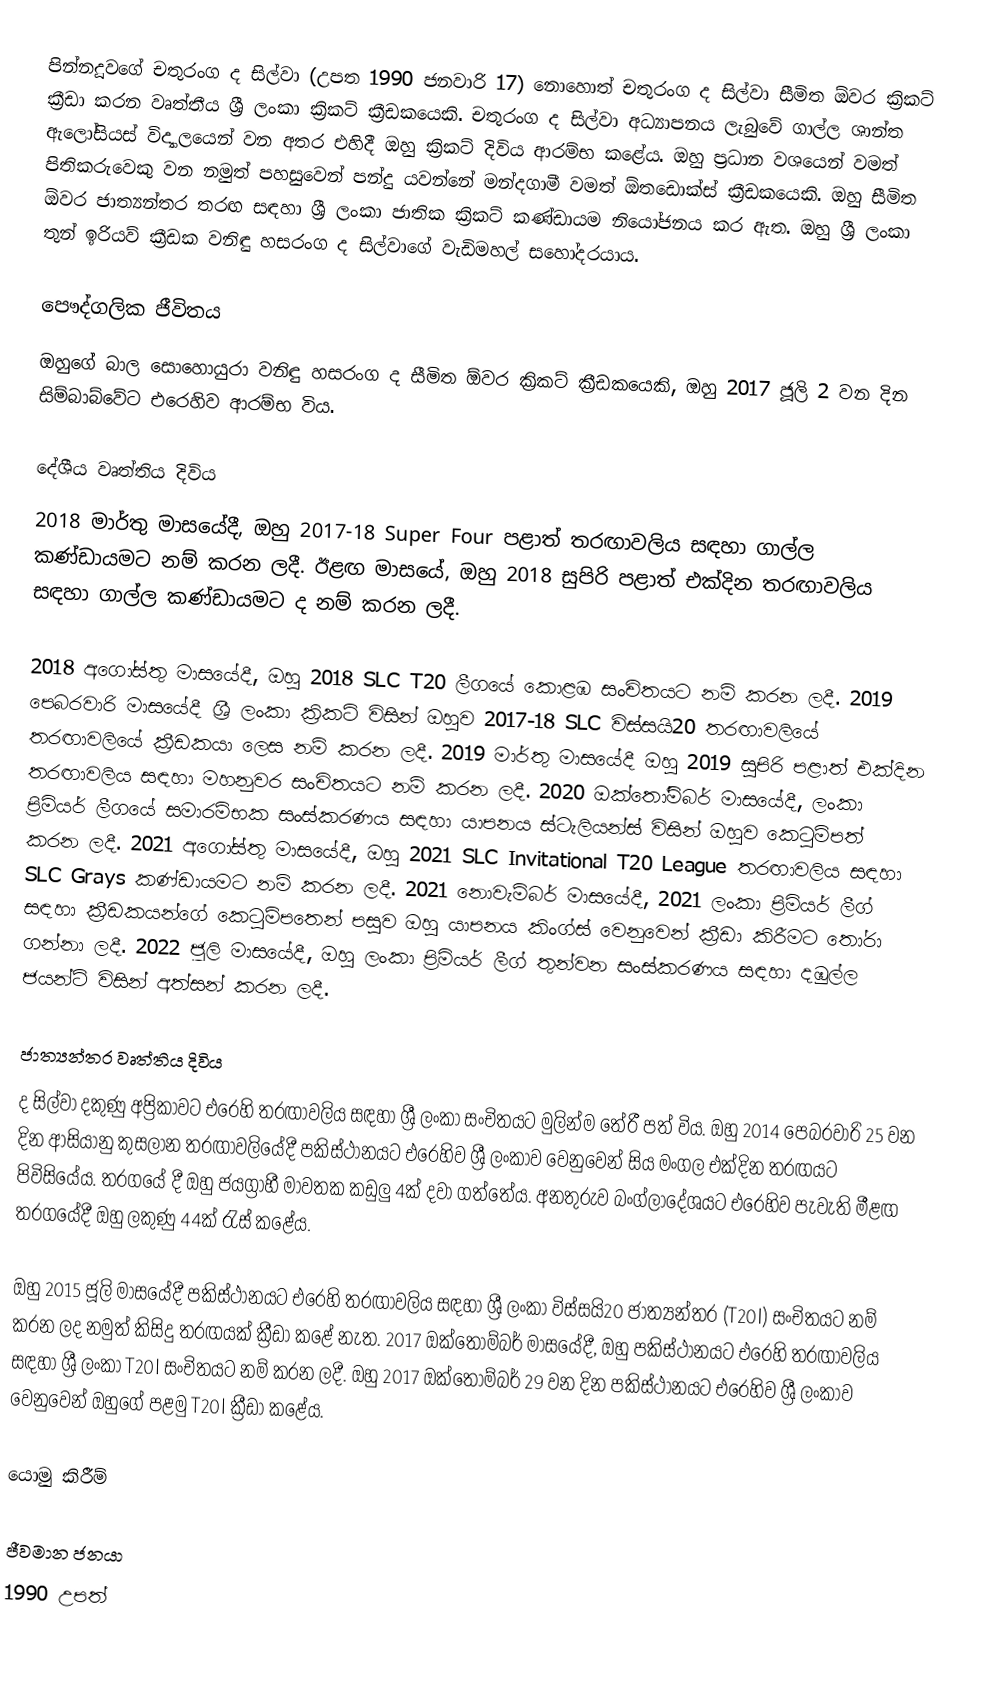
පින්නදූවගේ චතුරංග ද සිල්වා (උපත 1990 ජනවාරි 17) නොහොත් චතුරංග ද සිල්වා සීමිත ඕවර ක්‍රිකට් ක්‍රීඩා කරන වෘත්තීය ශ්‍රී ලංකා ක්‍රිකට් ක්‍රීඩකයෙකි. චතුරංග ද සිල්වා අධ්‍යාපනය ලැබුවේ ගාල්ල ශාන්ත ඇලෝසියස් විද්‍යාලයෙන් වන අතර එහිදී ඔහු ක්‍රිකට් දිවිය ආරම්භ කළේය. ඔහු ප්‍රධාන වශයෙන් වමත් පිතිකරුවෙකු වන නමුත් පහසුවෙන් පන්දු යවන්නේ මන්දගාමී වමත් ඕතඩොක්ස් ක්‍රීඩකයෙකි. ඔහු සීමිත ඕවර ජාත්‍යන්තර තරඟ සඳහා ශ්‍රී ලංකා ජාතික ක්‍රිකට් කණ්ඩායම නියෝජනය කර ඇත. ඔහු ශ්‍රී ලංකා තුන් ඉරියව් ක්‍රීඩක වනිඳු හසරංග ද සිල්වාගේ වැඩිමහල් සහෝදරයාය.

පෞද්ගලික ජීවිතය
 ඔහුගේ බාල සොහොයුරා වනිඳු හසරංග ද සීමිත ඕවර ක්‍රිකට් ක්‍රීඩකයෙකි, ඔහු 2017 ජූලි 2 වන දින සිම්බාබ්වේට එරෙහිව ආරම්භ විය.

දේශීය වෘත්තිය දිවිය
2018 මාර්තු මාසයේදී, ඔහු 2017-18 Super Four පළාත් තරඟාවලිය සඳහා ගාල්ල කණ්ඩායමට නම් කරන ලදී.   ඊළඟ මාසයේ, ඔහු 2018 සුපිරි පළාත් එක්දින තරඟාවලිය සඳහා ගාල්ල කණ්ඩායමට ද නම් කරන ලදී.

2018 අගෝස්තු මාසයේදී, ඔහු 2018 SLC T20 ලීගයේ කොළඹ සංචිතයට නම් කරන ලදී.  2019 පෙබරවාරි මාසයේදී ශ්‍රී ලංකා ක්‍රිකට් විසින් ඔහුව 2017-18 SLC විස්සයි20 තරඟාවලියේ තරඟාවලියේ ක්‍රීඩකයා ලෙස නම් කරන ලදී.  2019 මාර්තු මාසයේදී ඔහු 2019 සුපිරි පළාත් එක්දින තරඟාවලිය සඳහා මහනුවර සංචිතයට නම් කරන ලදී.  2020 ඔක්තෝම්බර් මාසයේදී, ලංකා ප්‍රිමියර් ලීගයේ සමාරම්භක සංස්කරණය සඳහා යාපනය ස්ටැලියන්ස් විසින් ඔහුව කෙටුම්පත් කරන ලදී.  2021 අගෝස්තු මාසයේදී, ඔහු 2021 SLC Invitational T20 League තරඟාවලිය සඳහා SLC Grays කණ්ඩායමට නම් කරන ලදී.  2021 නොවැම්බර් මාසයේදී, 2021 ලංකා ප්‍රිමියර් ලීග් සඳහා ක්‍රීඩකයන්ගේ කෙටුම්පතෙන් පසුව ඔහු යාපනය කිංග්ස් වෙනුවෙන් ක්‍රීඩා කිරීමට තෝරා ගන්නා ලදී.  2022 ජූලි මාසයේදී, ඔහු ලංකා ප්‍රිමියර් ලීග් තුන්වන සංස්කරණය සඳහා දඹුල්ල ජයන්ට් විසින් අත්සන් කරන ලදී.

ජාත්‍යන්තර වෘත්තිය දිවිය
ද සිල්වා දකුණු අප්‍රිකාවට එරෙහි තරඟාවලිය සඳහා ශ්‍රී ලංකා සංචිතයට මුලින්ම තේරී පත් විය. ඔහු 2014 පෙබරවාරි 25 වන දින ආසියානු කුසලාන තරඟාවලියේදී පකිස්ථානයට එරෙහිව ශ්‍රී ලංකාව වෙනුවෙන් සිය මංගල එක්දින තරඟයට පිවිසියේය. තරගයේ දී ඔහු ජයග්‍රාහී මාවතක කඩුලු 4ක් දවා ගත්තේය. අනතුරුව බංග්ලාදේශයට එරෙහිව පැවැති මීළඟ තරගයේදී ඔහු ලකුණු 44ක් රැස් කළේය.

ඔහු 2015 ජූලි මාසයේදී පකිස්ථානයට එරෙහි තරඟාවලිය සඳහා ශ්‍රී ලංකා විස්සයි20 ජාත්‍යන්තර (T20I) සංචිතයට නම් කරන ලද නමුත් කිසිදු තරඟයක් ක්‍රීඩා කළේ නැත.  2017 ඔක්තෝම්බර් මාසයේදී, ඔහු පකිස්ථානයට එරෙහි තරඟාවලිය සඳහා ශ්‍රී ලංකා T20I සංචිතයට නම් කරන ලදී.  ඔහු 2017 ඔක්තෝම්බර් 29 වන දින පකිස්ථානයට එරෙහිව ශ්‍රී ලංකාව වෙනුවෙන් ඔහුගේ පළමු T20I ක්‍රීඩා කළේය.

යොමු කිරීම්

ජීවමාන ජනයා
1990 උපත්